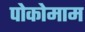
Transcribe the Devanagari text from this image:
पोकोमाम